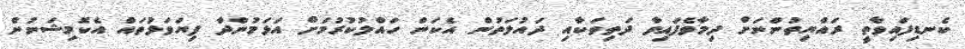
ކެނޑިފައިވާތީ ރައްޔިތުންނަށް ދިމާވެފައިވާ ދަތިތަކާއި ދައުލަތުން އެކަން ހައްލުކުރުމަށް އަޅަމުންދާ ފިޔަވަޅުތައް އެކޮމިޝަނުން